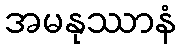
အမနုဿာနံ